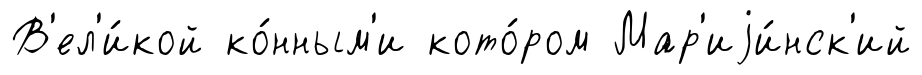
В'ел'и́кой ко́нным'и кото́ром Мар'иjи́нск'ий